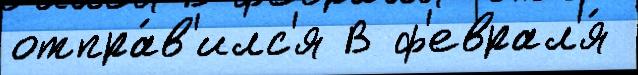
отпра́в'илс'я В ф'еврал'я́